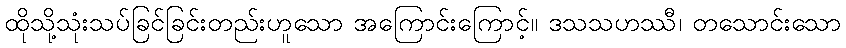
ထိုသို့သုံးသပ်ခြင်ခြင်းတည်းဟူသော အကြောင်းကြောင့်။ ဒသသဟဿီ၊ တသောင်းသော